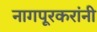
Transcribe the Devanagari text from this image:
नागपूरकरांनी